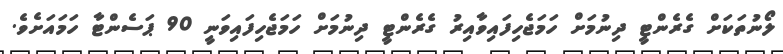
ލޯނުތަކަށް ގެރެންޓީ ދިނުމަށް ހަމަޖެހިފައިވާއިރު ގެރެންޓީ ދިނުމަށް ހަމަޖެހިފައިވަނީ 90 ޕަސެންޓާ ހަމައަށެވެ.